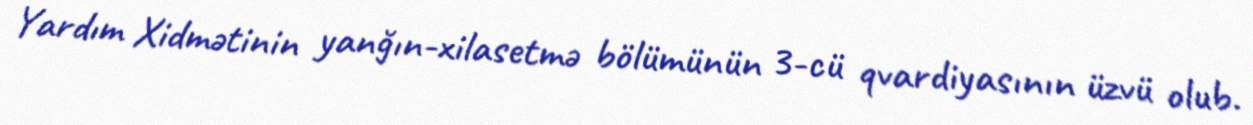
Yardım Xidmətinin yanğın-xilasetmə bölümünün 3-cü qvardiyasının üzvü olub.